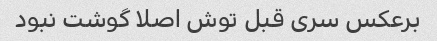
برعکس سری قبل توش اصلا گوشت نبود